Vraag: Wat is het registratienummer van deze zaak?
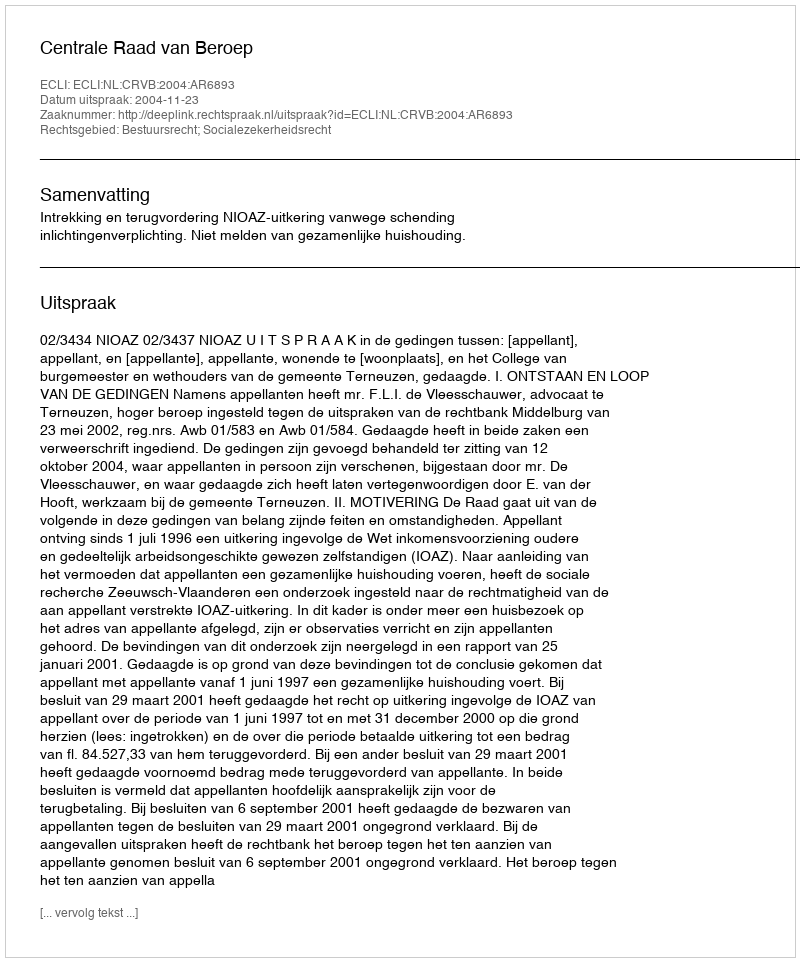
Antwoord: http://deeplink.rechtspraak.nl/uitspraak?id=ECLI:NL:CRVB:2004:AR6893